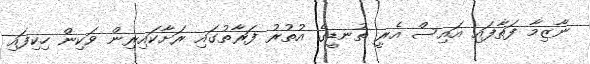
ނާޒިމާ ފަތާފައި އައިސް އެރީ ތުނޑީގެ އުތުރު ފަރާތުގައި ރަށާކައިރިން ވަކިން ހިކިފައި